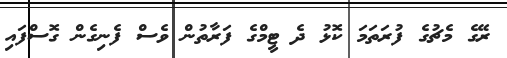
ރޭގެ މެޗުގެ ފުރަތަމަ ކޮޅު ދެ ޓީމްގެ ފަރާތުން ވެސް ފެނިގެން ގޮސްފައި